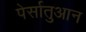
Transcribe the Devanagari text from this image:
पेर्सातुआन